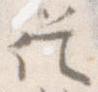
従